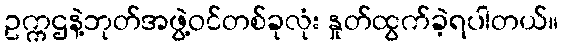
ဥက္ကဌနဲ့ဘုတ်အဖွဲ့ဝင်တစ်ခုလုံး နှုတ်ထွက်ခဲ့ရပါတယ်။